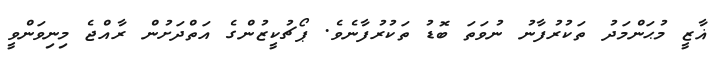
ޣާޒީ މުޙަންމަދު ތަކުރުފާނު ނުވަތަ ބޮޑު ތަކުރުފާނެވެ. ޕޯޗުކީޒުންގެ އަތްދަށުން ރާއްޖެ މިނިވަންވީ